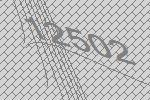
12502